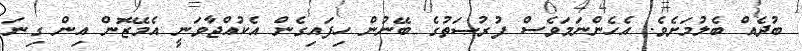
ބުދެއް ބެލުމަށެވެ. އެހެންނަމަވެސް ފުރުޞަތުގެ ބޭނުން ހިފައިގެން އެކުއްޖާވަނީ އެމޭޒޮން އިން ގިނަ